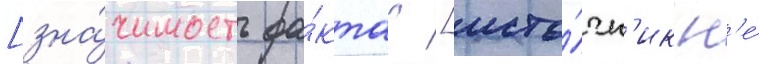
[зна́чимость фа́кта? [исто́чн'ик н'е́